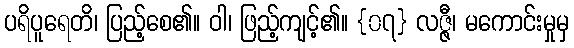
ပရိပူရေတိ၊ ပြည့်စေ၏။ ဝါ၊ ဖြည့်ကျင့်၏။ {၀၇} လဇ္ဇီ၊ မကောင်းမှုမှ